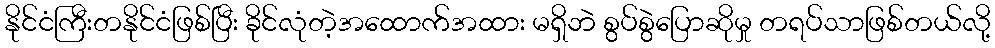
နိုင်ငံကြီးတနိုင်ငံဖြစ်ပြီး ခိုင်လုံတဲ့အထောက်အထား မရှိဘဲ စွပ်စွဲပြောဆိုမှု တရပ်သာဖြစ်တယ်လို့